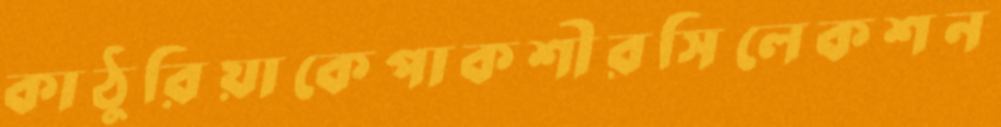
কাঠুরিয়াকেপাকশীরসিলেকশন